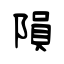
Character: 隕